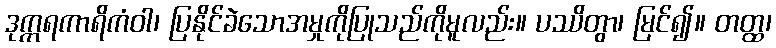
ဒုက္ကရကာရိကံဝါ၊ ပြနိုင်ခဲသောအမှုကိုပြုသည်ကိုမူလည်း။ ပဿိတွာ၊ မြင်၍။ တတ္ထ၊